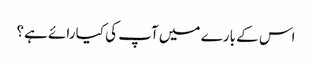
اس کے بارے میں آپ کی کیا رائے ہے؟